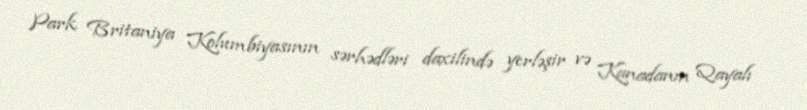
Park Britaniya Kolumbiyasının sərhədləri daxilində yerləşir və Kanadanın Qayalı